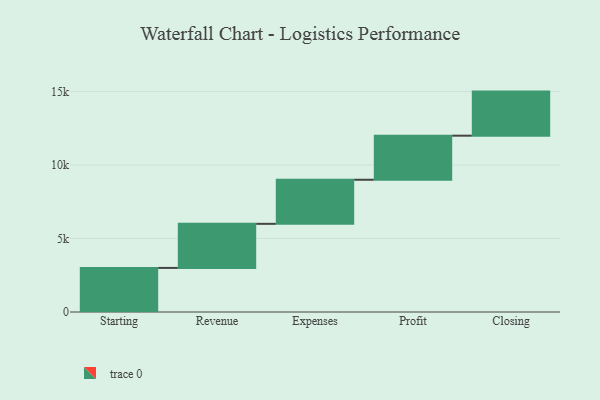
{"axis": {"x": "Step", "y": "Value"}, "legend": [""], "data": [{"x": "Starting", "y": 3000, "type": ""}, {"x": "Revenue", "y": 3000, "type": ""}, {"x": "Expenses", "y": 3000, "type": ""}, {"x": "Profit", "y": 3000, "type": ""}, {"x": "Closing", "y": 3000, "type": ""}]}